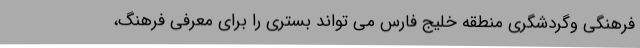
فرهنگی وگردشگری منطقه خليج فارس می تواند بستری را برای معرفی فرهنگ،